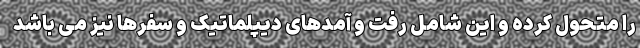
را متحول کرده و این شامل رفت و آمدهای دیپلماتیک و سفرها نیز می باشد